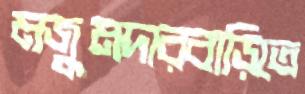
মজুমদারবাড়িতে